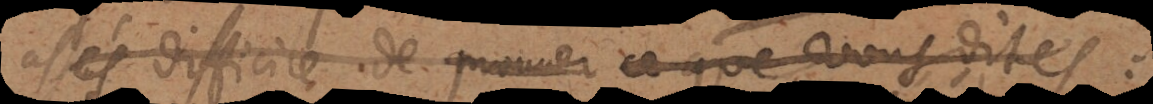
assés difficile de prouver ce que vous dites: